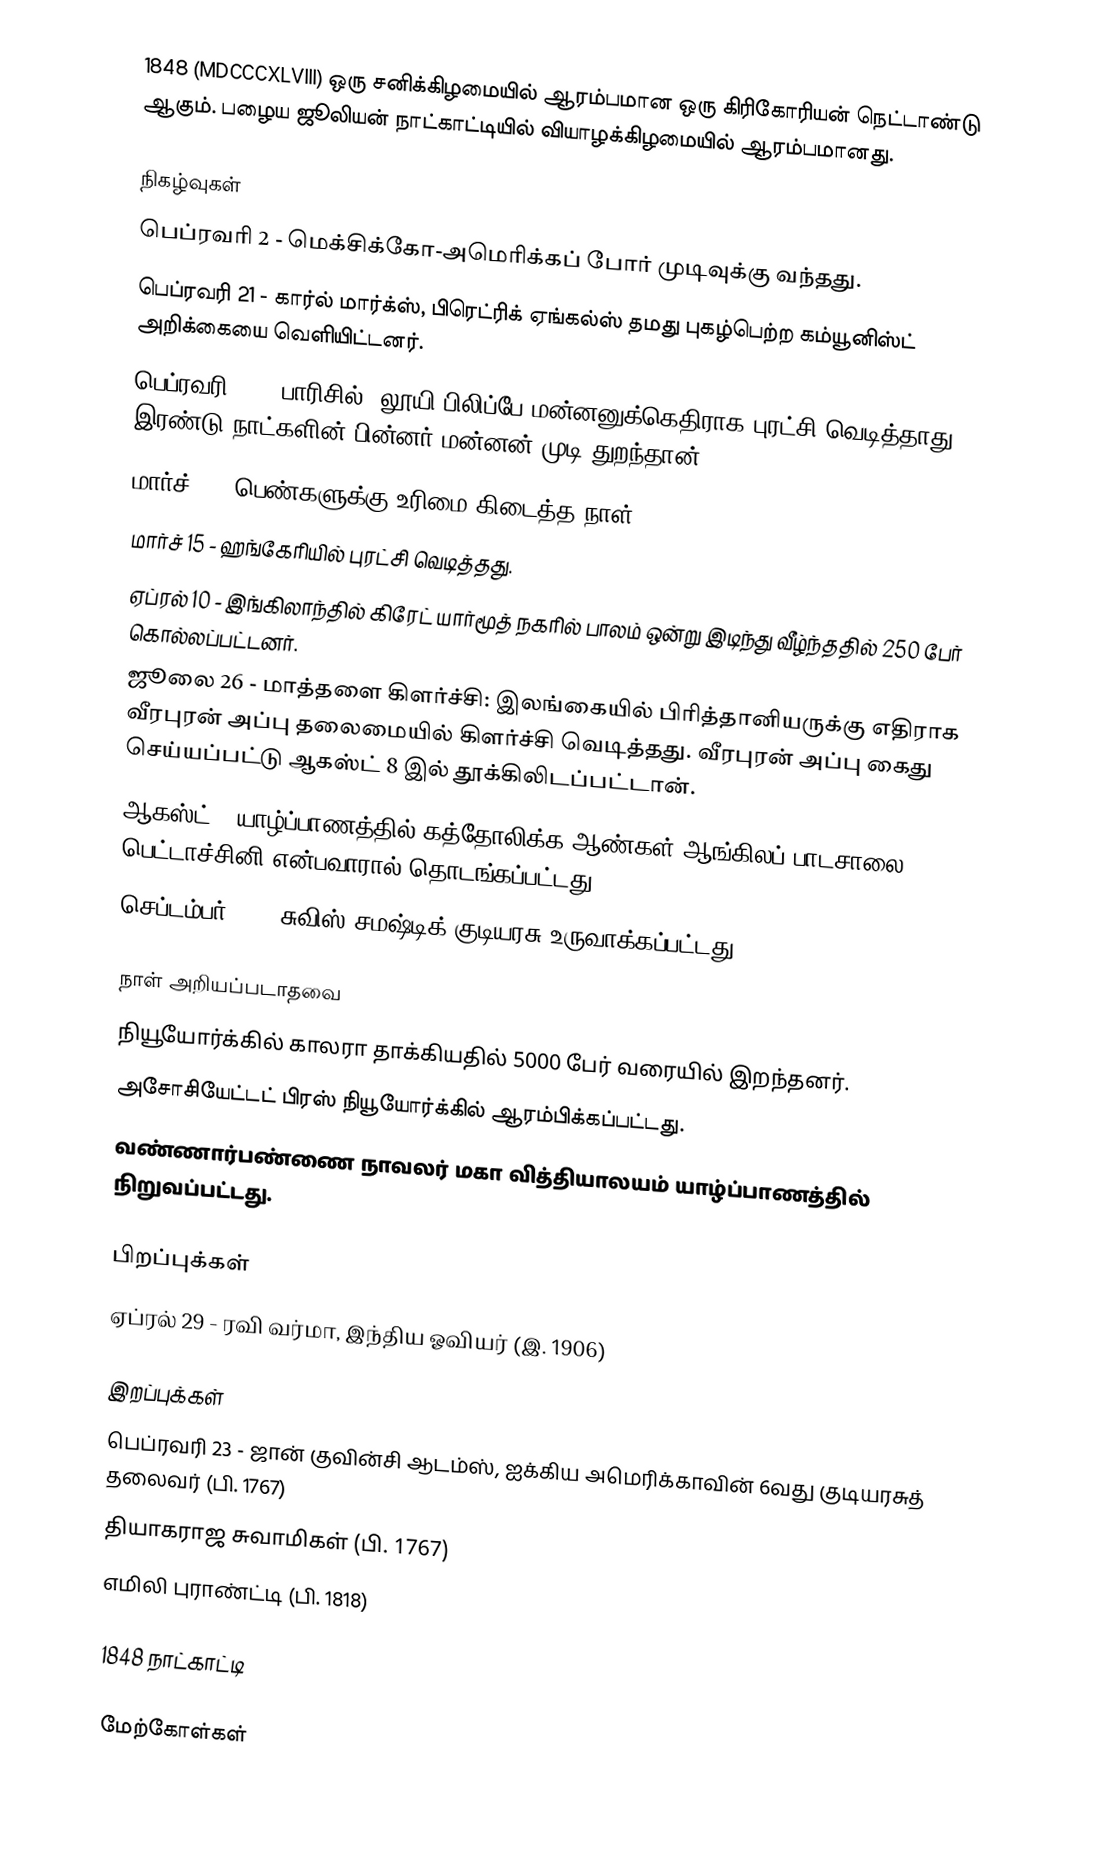
1848  (MDCCCXLVIII) ஒரு சனிக்கிழமையில் ஆரம்பமான ஒரு கிரிகோரியன் நெட்டாண்டு ஆகும். பழைய ஜூலியன் நாட்காட்டியில் வியாழக்கிழமையில் ஆரம்பமானது.

நிகழ்வுகள்
 பெப்ரவரி 2 - மெக்சிக்கோ-அமெரிக்கப் போர் முடிவுக்கு வந்தது.
 பெப்ரவரி 21 - கார்ல் மார்க்ஸ், பிரெட்ரிக் ஏங்கல்ஸ் தமது புகழ்பெற்ற கம்யூனிஸ்ட் அறிக்கையை வெளியிட்டனர்.
 பெப்ரவரி 22 - பாரிசில், லூயி பிலிப்பே மன்னனுக்கெதிராக புரட்சி வெடித்தாது. இரண்டு நாட்களின் பின்னர் மன்னன் முடி துறந்தான்.
 மார்ச் 8 - பெண்களுக்கு உரிமை கிடைத்த நாள்.
 மார்ச் 15 - ஹங்கேரியில் புரட்சி வெடித்தது.
 ஏப்ரல் 10 - இங்கிலாந்தில் கிரேட் யார்மூத் நகரில் பாலம் ஒன்று இடிந்து வீழ்ந்ததில் 250 பேர் கொல்லப்பட்டனர்.
 ஜூலை 26 - மாத்தளை கிளர்ச்சி: இலங்கையில் பிரித்தானியருக்கு எதிராக வீரபுரன் அப்பு தலைமையில் கிளர்ச்சி வெடித்தது. வீரபுரன் அப்பு கைது செய்யப்பட்டு ஆகஸ்ட் 8 இல் தூக்கிலிடப்பட்டான்.
 ஆகஸ்ட் - யாழ்ப்பாணத்தில் கத்தோலிக்க ஆண்கள் ஆங்கிலப் பாடசாலை பெட்டாச்சினி என்பவாரால் தொடங்கப்பட்டது.
 செப்டம்பர் 12 - சுவிஸ் சமஷ்டிக் குடியரசு உருவாக்கப்பட்டது.

நாள் அறியப்படாதவை
 நியூயோர்க்கில் காலரா தாக்கியதில் 5000 பேர் வரையில் இறந்தனர்.
 அசோசியேட்டட் பிரஸ் நியூயோர்க்கில் ஆரம்பிக்கப்பட்டது.
 வண்ணார்பண்ணை நாவலர் மகா வித்தியாலயம் யாழ்ப்பாணத்தில் நிறுவப்பட்டது.

பிறப்புக்கள்
 ஏப்ரல் 29 - ரவி வர்மா, இந்திய ஓவியர் (இ. 1906)

இறப்புக்கள்
 பெப்ரவரி 23 - ஜான் குவின்சி ஆடம்ஸ், ஐக்கிய அமெரிக்காவின் 6வது குடியரசுத் தலைவர் (பி. 1767)
 தியாகராஜ சுவாமிகள் (பி. 1767)
 எமிலி புராண்ட்டி (பி. 1818)

1848 நாட்காட்டி

மேற்கோள்கள்